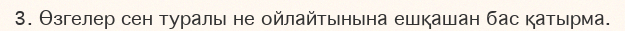
3. Өзгелер сен туралы не ойлайтынына ешқашан бас қатырма.